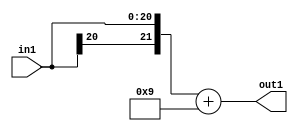
`timescale 1ps / 1ps
/*****************************************************************************
    Verilog RTL Description
    
    
    Created by: Stratus DpOpt 2019.1.01 
*******************************************************************************/

module cache_Add2i9s21_4_1 (
	in1,
	out1
	); /* architecture "behavioural" */ 
input [20:0] in1;
output [21:0] out1;
wire [21:0] asc001;

assign asc001 = 
	+({in1[20], in1})
	+(22'B0000000000000000001001);

assign out1 = asc001;
endmodule

/* CADENCE  ubDxTAw= : u9/ySgnWtBlWxVPRXgAZ4Og= ** DO NOT EDIT THIS LINE ******/